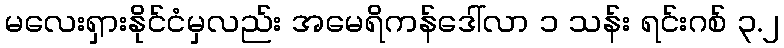
မလေးရှားနိုင်ငံမှလည်း အမေရိကန်ဒေါ်လာ ၁ သန်း ရင်းဂစ် ၃.၂